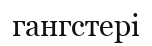
гангстері